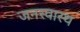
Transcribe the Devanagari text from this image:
जनस्वास्थ